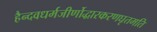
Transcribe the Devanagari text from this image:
हैन्दवधर्मजीर्णोद्धारकरणघृतमति